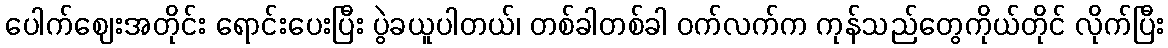
ပေါက်ဈေးအတိုင်း ရောင်းပေးပြီး ပွဲခယူပါတယ်၊ တစ်ခါတစ်ခါ ဝက်လက်က ကုန်သည်တွေကိုယ်တိုင် လိုက်ပြီး